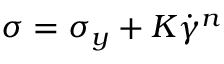
\sigma = \sigma _ { y } + K { \dot { \gamma } } ^ { n }